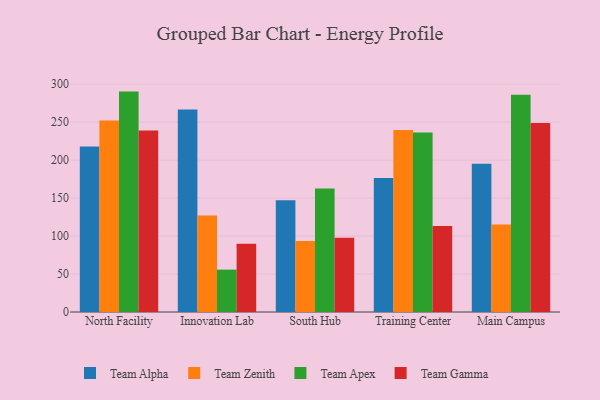
{"axis": {"x": "Campus", "y": "Humidity (%)"}, "legend": ["Team Alpha", "Team Apex", "Team Gamma", "Team Zenith"], "data": [{"x": "North Facility", "y": 217.9, "type": "Team Alpha"}, {"x": "North Facility", "y": 252.2, "type": "Team Zenith"}, {"x": "North Facility", "y": 290.2, "type": "Team Apex"}, {"x": "North Facility", "y": 238.9, "type": "Team Gamma"}, {"x": "Innovation Lab", "y": 266.7, "type": "Team Alpha"}, {"x": "Innovation Lab", "y": 127.2, "type": "Team Zenith"}, {"x": "Innovation Lab", "y": 55.8, "type": "Team Apex"}, {"x": "Innovation Lab", "y": 89.7, "type": "Team Gamma"}, {"x": "South Hub", "y": 147.0, "type": "Team Alpha"}, {"x": "South Hub", "y": 93.5, "type": "Team Zenith"}, {"x": "South Hub", "y": 162.6, "type": "Team Apex"}, {"x": "South Hub", "y": 97.9, "type": "Team Gamma"}, {"x": "Training Center", "y": 176.3, "type": "Team Alpha"}, {"x": "Training Center", "y": 239.5, "type": "Team Zenith"}, {"x": "Training Center", "y": 236.5, "type": "Team Apex"}, {"x": "Training Center", "y": 113.3, "type": "Team Gamma"}, {"x": "Main Campus", "y": 195.3, "type": "Team Alpha"}, {"x": "Main Campus", "y": 115.1, "type": "Team Zenith"}, {"x": "Main Campus", "y": 286.1, "type": "Team Apex"}, {"x": "Main Campus", "y": 248.9, "type": "Team Gamma"}]}